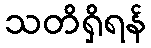
သတိရှိရန်